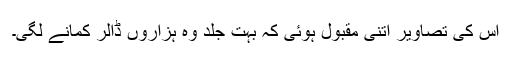
اس کی تصاویر اتنی مقبول ہوئی کہ بہت جلد وہ ہزاروں ڈالر کمانے لگی۔